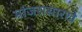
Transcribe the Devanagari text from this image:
मांजरासारखे